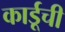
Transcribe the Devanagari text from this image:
कार्डूची